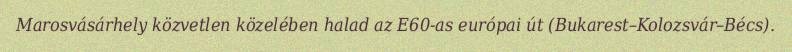
Marosvásárhely közvetlen közelében halad az E60-as európai út (Bukarest–Kolozsvár–Bécs).